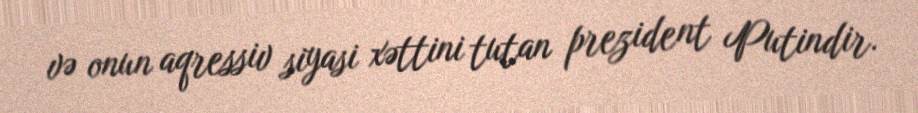
və onun aqressiv siyasi xəttini tutan prezident Putindir.